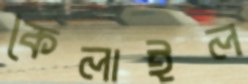
কৈলাইল